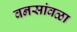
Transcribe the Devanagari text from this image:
वनसांवळा